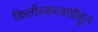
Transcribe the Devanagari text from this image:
किर्लोस्करवाडीहून